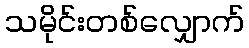
သမိုင်းတစ်လျှောက်